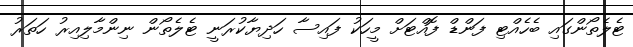
ޓެލެތޯންގައި ބެހެއްޓި ފަންޑް ފޮއްޓަށް މީހަކު ފައިސާ ހަދިޔާކުރަނީ ޓެލެތޯން ނިންމާލިއިރު ހަތަރު